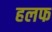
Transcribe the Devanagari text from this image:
हलफ